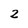
Character: 2